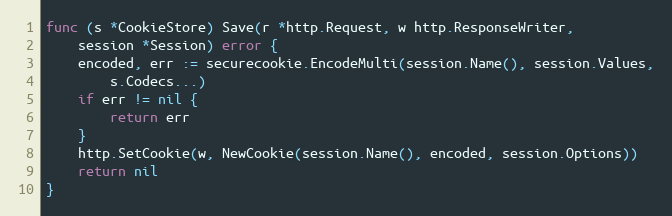
Language: Go
func (s *CookieStore) Save(r *http.Request, w http.ResponseWriter,
	session *Session) error {
	encoded, err := securecookie.EncodeMulti(session.Name(), session.Values,
		s.Codecs...)
	if err != nil {
		return err
	}
	http.SetCookie(w, NewCookie(session.Name(), encoded, session.Options))
	return nil
}